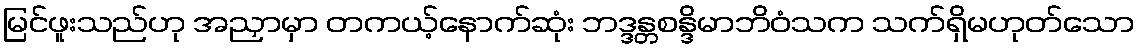
မြင်ဖူးသည်ဟု အညှာမှာ တကယ့်နောက်ဆုံး ဘဒ္ဒန္တစန္ဒိမာဘိဝံသက သက်ရှိမဟုတ်သော